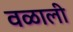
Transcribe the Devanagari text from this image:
वळाली